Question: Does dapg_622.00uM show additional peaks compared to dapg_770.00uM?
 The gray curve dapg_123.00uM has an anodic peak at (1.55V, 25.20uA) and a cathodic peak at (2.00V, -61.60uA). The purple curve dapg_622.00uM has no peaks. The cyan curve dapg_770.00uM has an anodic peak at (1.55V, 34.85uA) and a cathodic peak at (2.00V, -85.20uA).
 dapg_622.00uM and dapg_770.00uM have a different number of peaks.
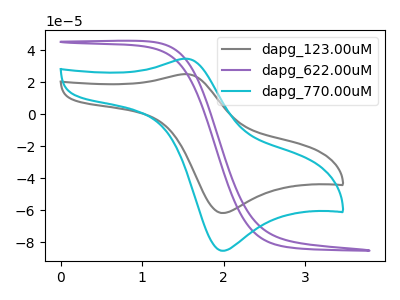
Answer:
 <answer>Yes, "dapg_622.00uM" and "dapg_770.00uM" are different in shape.</answer>
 <eval>yes_change</eval>